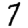
Digit: 7